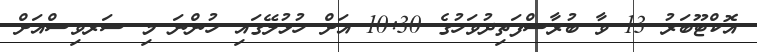
އޮކްޓޫބަރު 13 ވާ ބުރާސްފަތިދުވަހުގެ 10:30 އަށް ހުޅުލޭގައި ހުންނަ މި ސަރވިސްއަށް